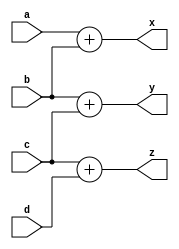
module test (input [7:0] a, b, c, d, output [7:0] x, y, z);\n    assign #(20:20:25) x = a + b, y = b + c, z = c + d;\nendmodule